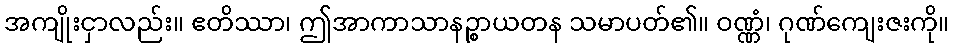
အကျိုးငှာလည်း။ ဧတိဿာ၊ ဤအာကာသာနဉ္စာယတန သမာပတ်၏။ ဝဏ္ဏံ၊ ဂုဏ်ကျေးဇးကို။